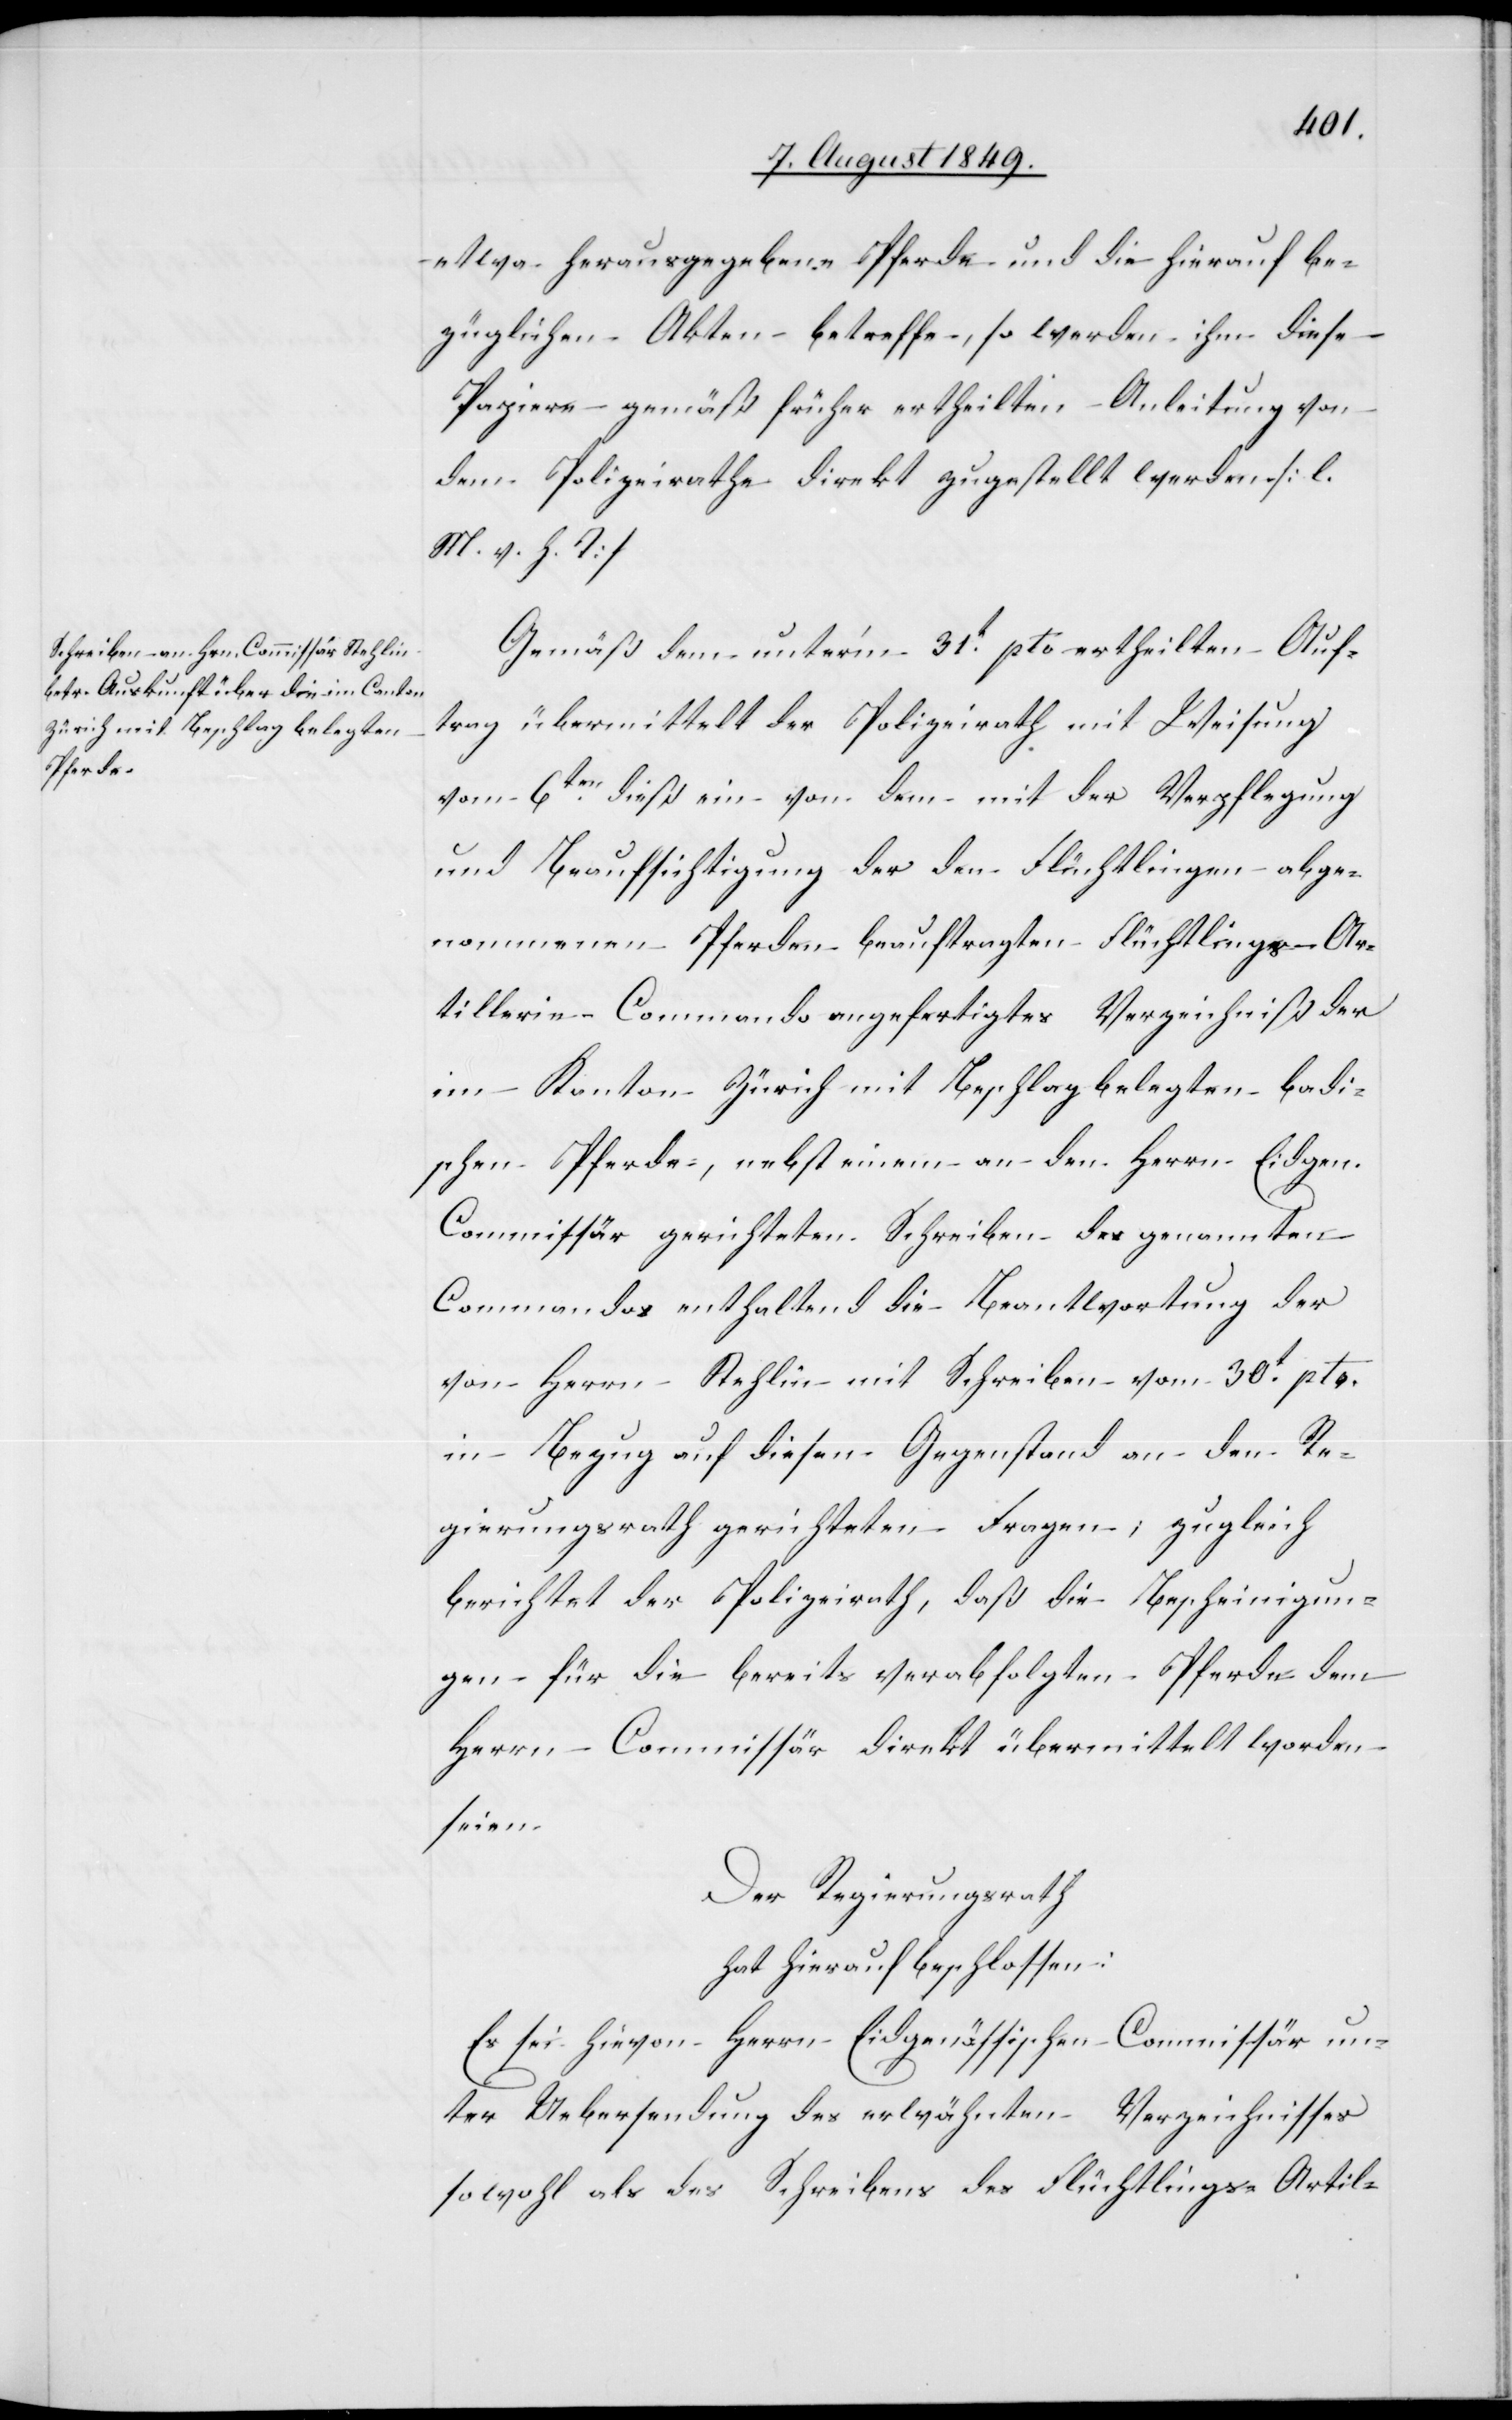
etwa herausgegebene Pferde und die hierauf be¬
züglichen Akten betreffe, so werden ihm diese
Papiere gemäß früher ertheilten Anleitung von
dem Polizeirathe direkt zugestellt werden. [l.
M. v. h. T]
Gemäß dem unter’m 31t pto ertheilten Auf¬
trag übermittelt der Polizeirath mit Weisung
vom 6ten dieß ein von dem mit der Verpflegung
und Beaufsichtigung der den Flüchtlingen abge¬
nommenen Pferden beauftragten Flüchtlings-Ar¬
tillerie-Commando angefertigtes Verzeichniß der
im Kanton Zürich mit Beschlag belegten badi¬
schen Pferde, nebst einem an den Herrn Eidgen.
Commissär gerichteten Schreiben des genannten
Commandos enthaltend die Beantwortung der
von Herrn Stehlin mit Schreiben vom 30t pto.
in Bezug auf diesen Gegenstand an den Re¬
gierungsrath gerichteten Fragen; zugleich
berichtet der Polizeirath, daß die Bescheinigun¬
gen für die bereits verabfolgten Pferde dem
Herrn Commissär direkt übermittelt worden
seien.
Der Regierungsrath
hat hierauf beschlossen:
Es sei hievon Herrn Eidgenössischen Commissär un¬
ter Uebersendung des erwähnten Verzeichnisses
sowohl als des Schreibens des Flüchtlings- Artil-